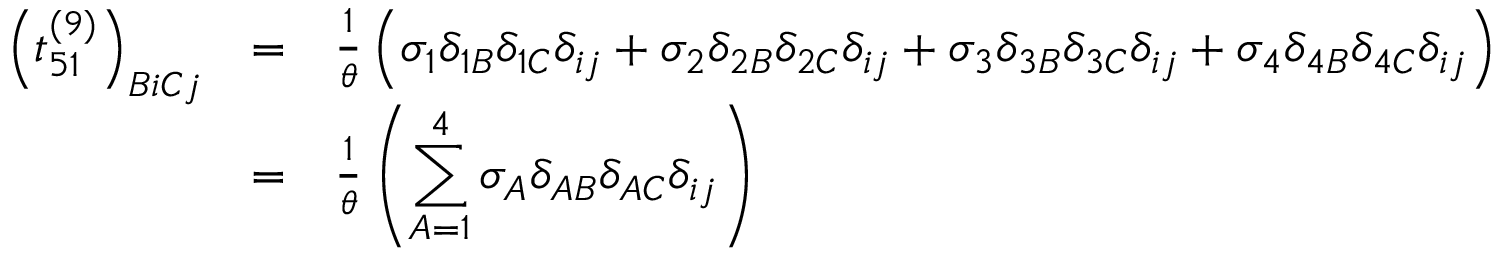
\begin{array} { c c l } { { \left( t _ { 5 1 } ^ { ( 9 ) } \right) _ { B i C j } } } & { { = } } & { { \frac { 1 } { \theta } \left( \sigma _ { 1 } \delta _ { 1 B } \delta _ { 1 C } \delta _ { i j } + \sigma _ { 2 } \delta _ { 2 B } \delta _ { 2 C } \delta _ { i j } + \sigma _ { 3 } \delta _ { 3 B } \delta _ { 3 C } \delta _ { i j } + \sigma _ { 4 } \delta _ { 4 B } \delta _ { 4 C } \delta _ { i j } \right) } } \\ { { } } & { { = } } & { { \frac { 1 } { \theta } \left( \displaystyle \sum _ { A = 1 } ^ { 4 } \sigma _ { A } \delta _ { A B } \delta _ { A C } \delta _ { i j } \right) } } \end{array}